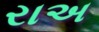
રાઅ